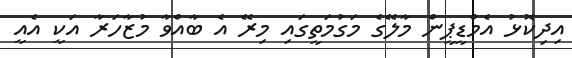
އިދިކޮޅު އެމްޑީޕީން މާލޭގެ މަގުމަތީގައި މިރޭ އެ ބާއްވާ މުޒާހަރާ އަކީ އެއީ